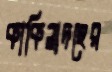
কাকিলাদহের